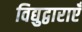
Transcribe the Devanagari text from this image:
विद्युद्वाराएँ